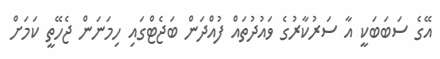
އޭގެ ސަބަބަކީ އާ ސަރުކާރުގެ ވައުދުތައް ފުއްދަން ބަޖެޓްގައި ހިމަނަން ޖެހޭތީ ކަމަށް